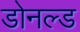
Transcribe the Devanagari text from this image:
डोनल्‍ड